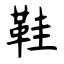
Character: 鞋